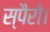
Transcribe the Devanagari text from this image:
स्पैरो।